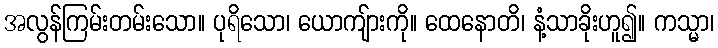
အလွန်ကြမ်းတမ်းသော။ ပုရိသော၊ ယောကျ်ားကို။ ထေနောတိ၊ နံ့သာခိုးဟူ၍။ ကသ္မာ၊